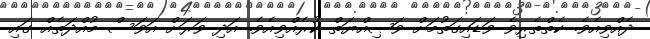
ދެއްވިއެވެ. ކެތްތެރިވެ ވަޑައިގަތުމަށް ވަޞިއްޔަތް ކުރެއްވިއެވެ. އަދި ވަރަށް އަވަސް މުއްދަތެއް ގައި